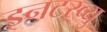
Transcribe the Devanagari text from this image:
इनटरव्यु